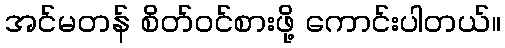
အင်မတန် စိတ်ဝင်စားဖို့ ကောင်းပါတယ်။